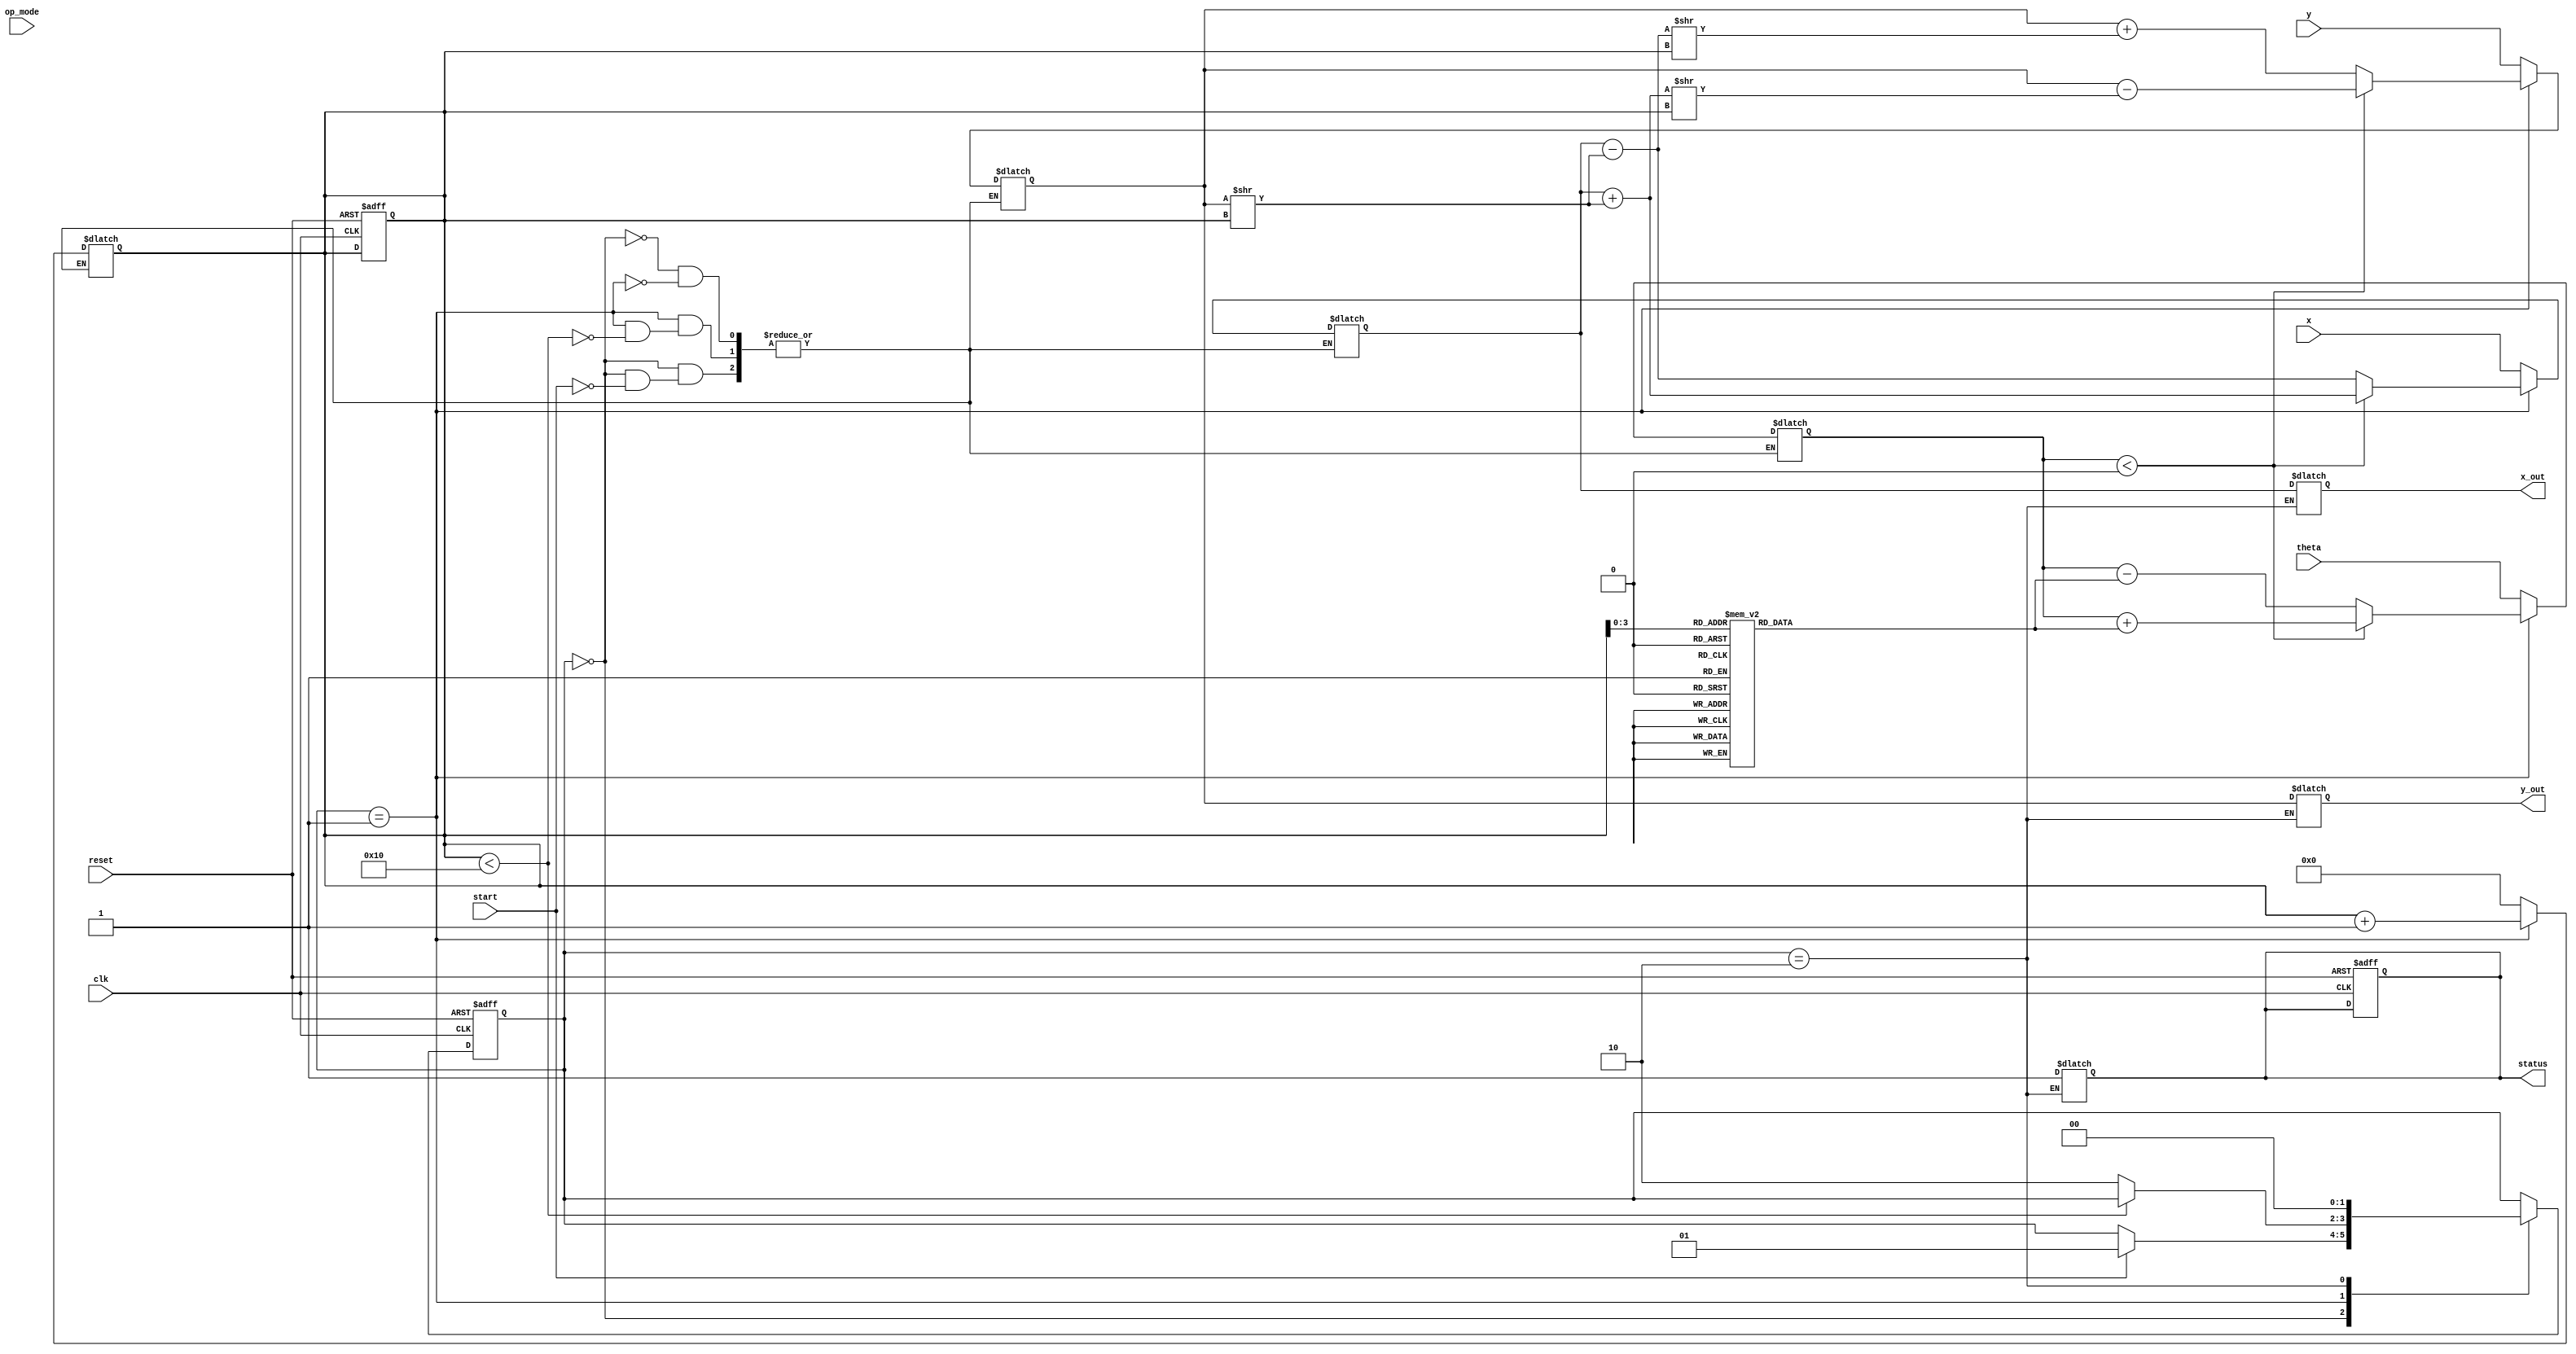
module cordic_floating_point (
    input wire clk,
    input wire reset,
    input wire [31:0] x,         // IEEE 754 single-precision x-coordinate
    input wire [31:0] y,         // IEEE 754 single-precision y-coordinate
    input wire [31:0] theta,     // IEEE 754 single-precision angle
    input wire [1:0] op_mode,    // Operation mode: 00 = rotation, 01 = vectoring
    input wire start,             // Start signal for operation
    output reg [31:0] x_out,     // Output x-coordinate
    output reg [31:0] y_out,     // Output y-coordinate
    output reg status             // Status signal indicating completion
);

    // CORDIC parameters
    parameter NUM_ITERATIONS = 16; // Number of iterations
    reg [31:0] angle_table [0:NUM_ITERATIONS-1]; // Predefined angle table
    reg [31:0] x_reg, y_reg, theta_reg;
    reg [4:0] iteration_count;
    reg [1:0] state, next_state;

    // State encoding
    localparam IDLE = 2'b00,
               COMPUTE = 2'b01,
               DONE = 2'b10;

    // Initialize angle table (in radians, scaled for fixed-point)
    initial begin
        angle_table[0] = 32'h00000000; // 0
        angle_table[1] = 32'h3F490FDB; // pi/4
        angle_table[2] = 32'h3F22D4D8; // pi/8
        angle_table[3] = 32'h3F0C8F5C; // pi/16
        // ... (fill in the rest of the angle table)
    end

    // State machine for control logic
    always @(posedge clk or posedge reset) begin
        if (reset) begin
            state <= IDLE;
            iteration_count <= 0;
            status <= 0;
        end else begin
            state <= next_state;
        end
    end

    always @(*) begin
        next_state = state;
        case (state)
            IDLE: begin
                if (start) begin
                    x_reg = x;
                    y_reg = y;
                    theta_reg = theta;
                    iteration_count = 0;
                    next_state = COMPUTE;
                end
            end
            COMPUTE: begin
                if (iteration_count < NUM_ITERATIONS) begin
                    // CORDIC iteration logic
                    if (theta_reg < 0) begin
                        // Rotate clockwise
                        x_reg = x_reg + (y_reg >> iteration_count);
                        y_reg = y_reg - (x_reg >> iteration_count);
                        theta_reg = theta_reg + angle_table[iteration_count];
                    end else begin
                        // Rotate counterclockwise
                        x_reg = x_reg - (y_reg >> iteration_count);
                        y_reg = y_reg + (x_reg >> iteration_count);
                        theta_reg = theta_reg - angle_table[iteration_count];
                    end
                    iteration_count = iteration_count + 1;
                end else begin
                    next_state = DONE;
                end
            end
            DONE: begin
                x_out = x_reg; // Output the final x-coordinate
                y_out = y_reg; // Output the final y-coordinate
                status = 1;    // Indicate completion
                next_state = IDLE; // Return to idle state
            end
        endcase
    end

endmodule